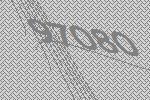
97080